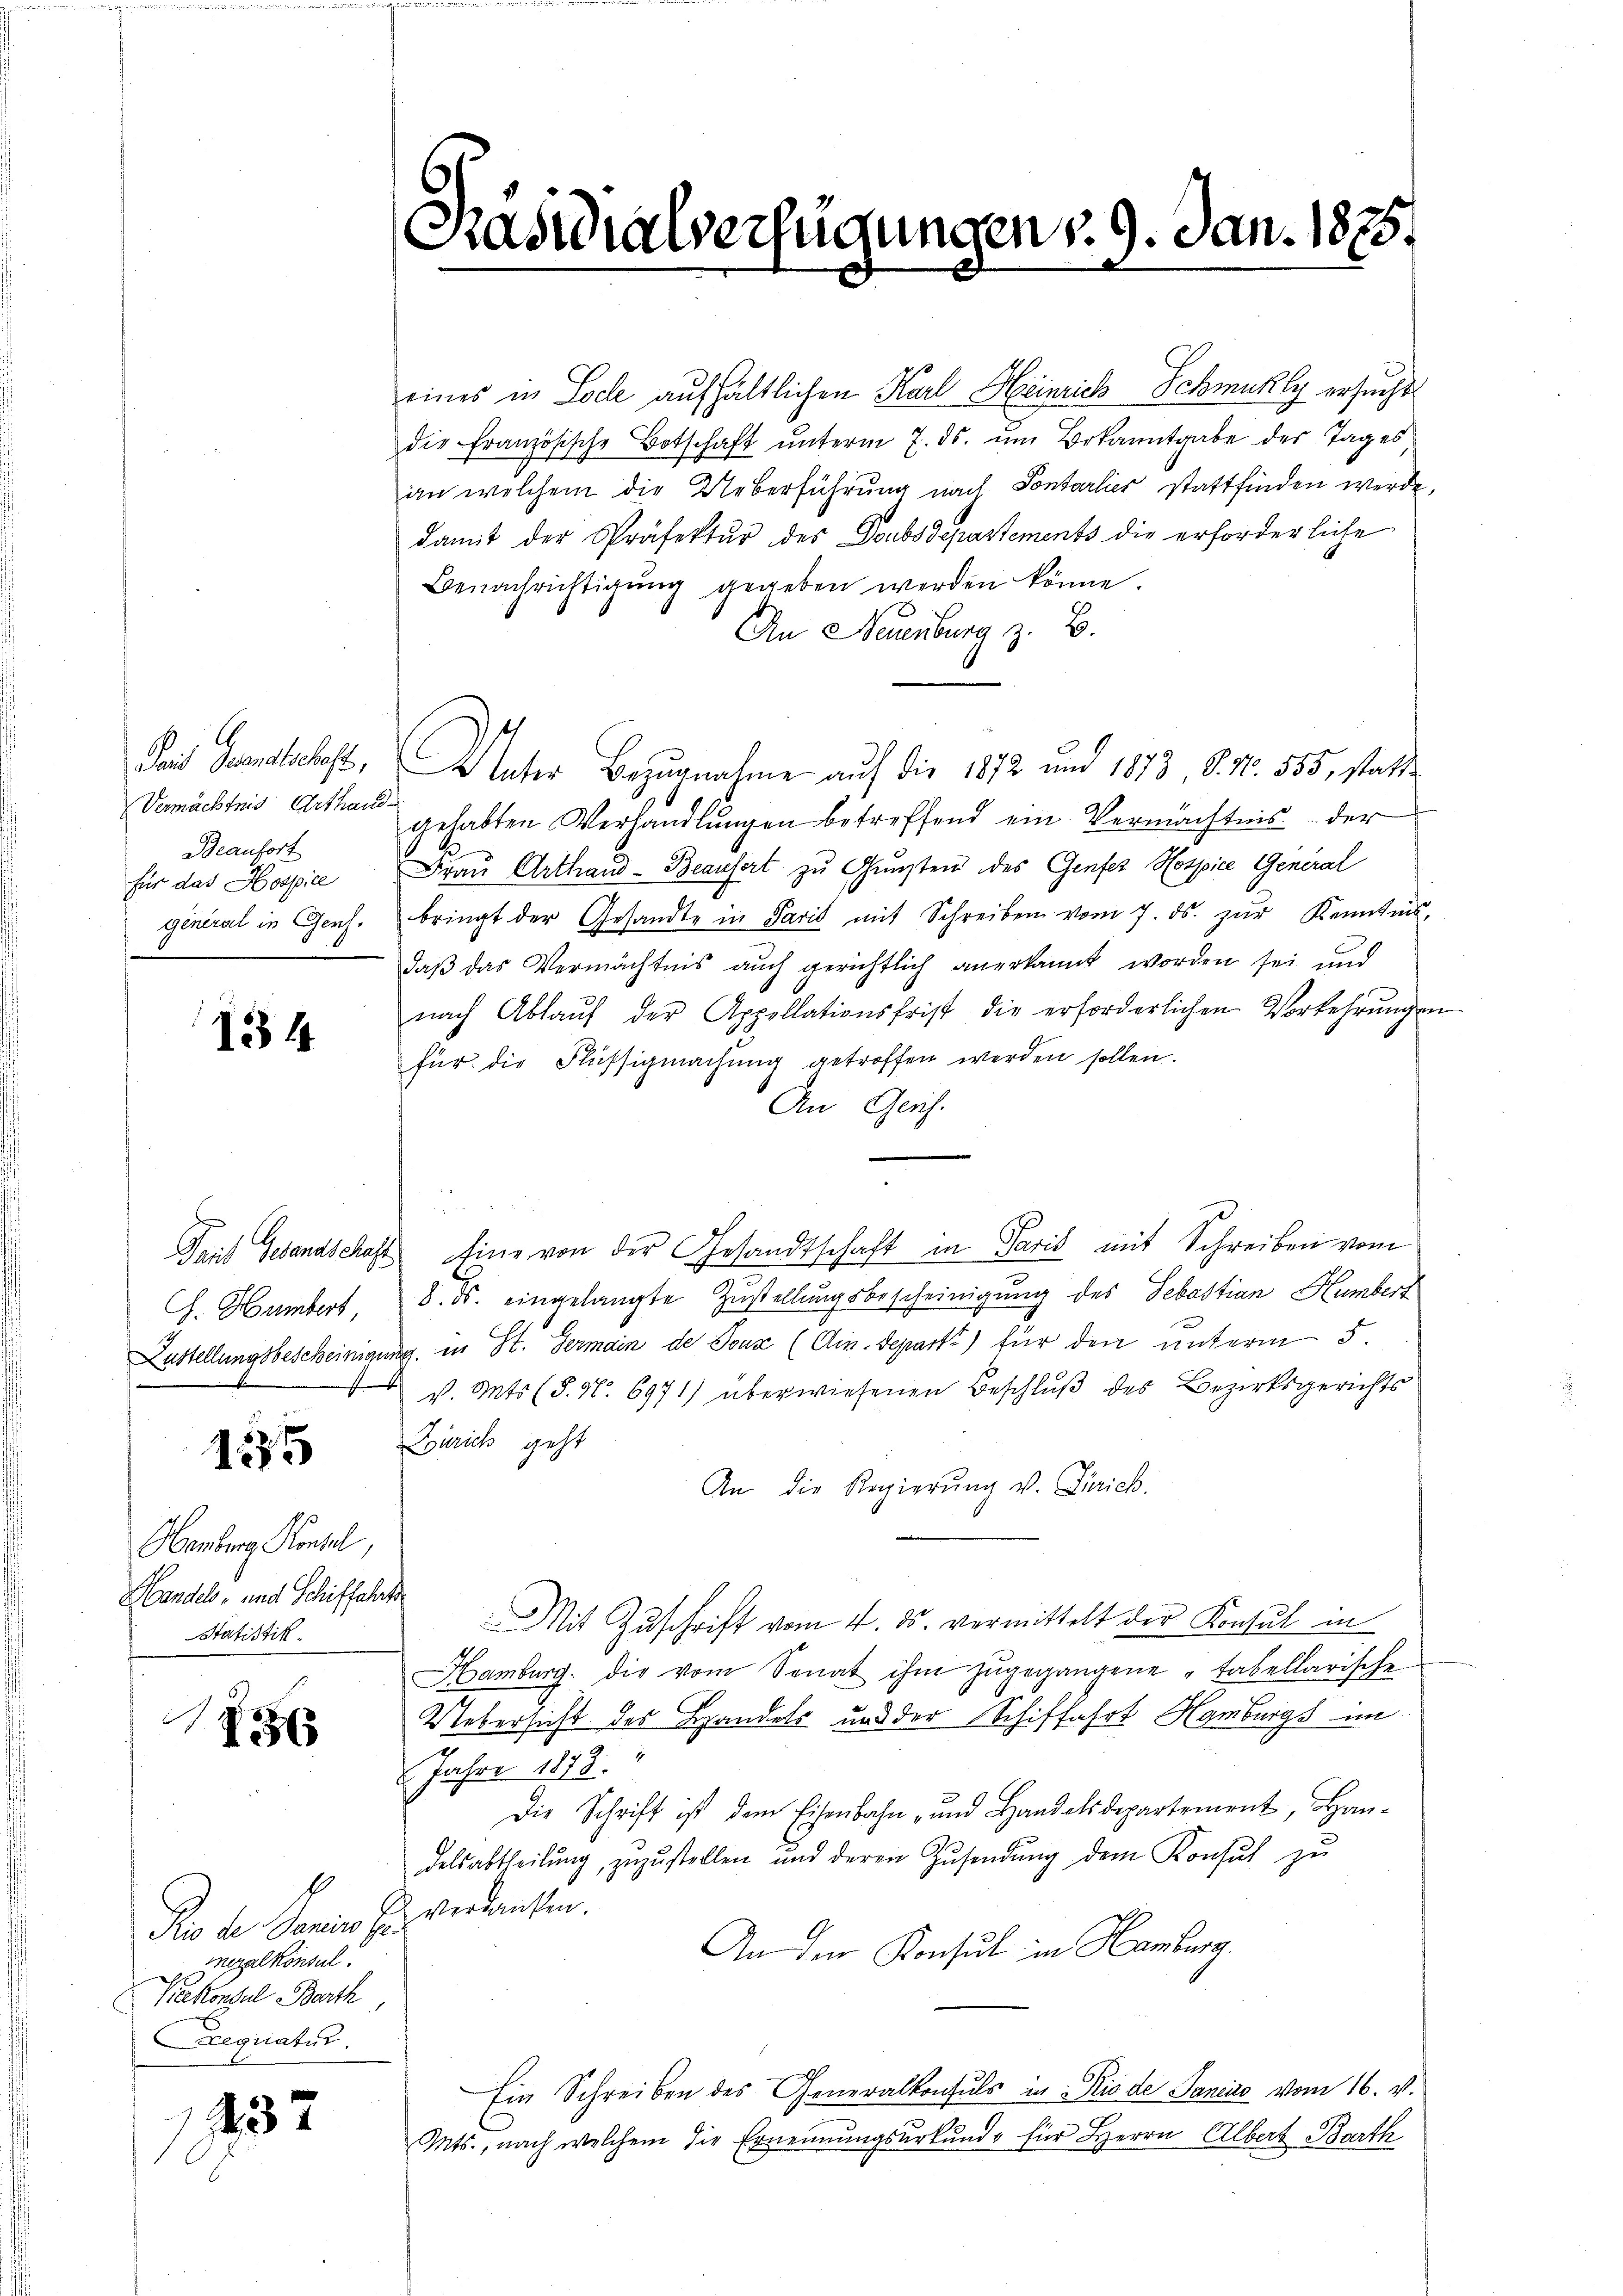
Vermächtnis Arthand¬
Beaufort
für das Hospice

134

Ch. Humbert,

135

Oberberg Kontel,
Handels- und Schiffahrt
Statistik.

x

meralkonsul
A
Vicekonsul Barth,
eequatur.

1732

eines in Loche aufhältlichen Karl Heinrich Schmuhly ersuchtt
die französische Botschaft ŭnterm 7. ds. ŭm Bekanntgabe des Tages
an welchem die Ueberführung nach Sontarlier stattfinden werde,
damit der Präfektŭr des Doubsdepartements die erforderliche
Benachrichtigŭng gegeben werden könne.
An Neuenburg z. B.
La Brandschaft, Vater Bezugnahme auf die 1872 und 1873, 8. No. 555, statt
gehabten Verhandlŭngen betreffend ein Vermächtnis der
Frau Arthand-Beausirt zŭ Gŭnsten des Genfer Hospice General
général in Genf. bringt der Gesandte in Paris mit Schreiben vom 7. ds. zŭr Kenntnis,
daß das Vermächtnis auch gerichtlich anerkannt worden sei und
nach Ablaŭf der Appellationsfrist die erforderlichen Vorkehrungen
für die Flüssigmachung getroffen werden sollen.
An Gerich.
Dait Gesandschaft Eine von der Gesandtschaft in Paris mit Schreiben vom
8. ds. eingelangte Zustellungsbescheinigung des Sebastian Humbert
Lustellungsbescheinigung in St. Germain de Joux (Ain. Depart) für den unterm 5.
v. Mts (§. 1. 6971) überwiesenen Beschlŭβ des Bezirksgerichts
Zürich geht
An die Regierŭng v. Zürich.
Mit Zuschrift vom 4. ds. vermittelt der Konsul in
Hamburg. die vom Senat ihm zŭgegangene „tabellarische
Uebersicht des Handels und der Schiffahrt Hamburgs im
Jahre 1873.
Die Schrift ist dem Eisenbahn- und Handelsdepartement, Handelsabtheilŭng, zŭzŭstellen und deren Zŭsendŭng dem Konsul zŭ
Die der Sanien zu verdanken.
An den Konsul in Hamburg.
Ein Schreiben des Generalkonsuls in Rio de Sančić vom 16. v.
Mts., nach welchem die Ernennungsurkunde für Herrn Albert Barth

Ras

dialverfügungen d. 9. Jan. 1875.